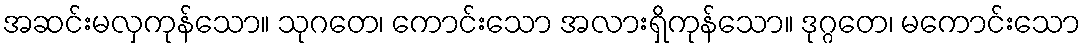
အဆင်းမလှကုန်သော။ သုဂတေ၊ ကောင်းသော အလားရှိကုန်သော။ ဒုဂ္ဂတေ၊ မကောင်းသော